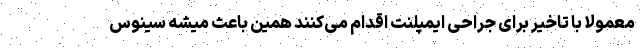
معمولا با تاخیر برای جراحی ایمپلنت اقدام می‌کنند همین باعث میشه سینوس